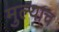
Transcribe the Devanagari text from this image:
मुल्याच